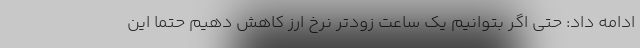
ادامه داد: حتی اگر بتوانیم یک ساعت زودتر نرخ ارز کاهش دهیم حتماً این